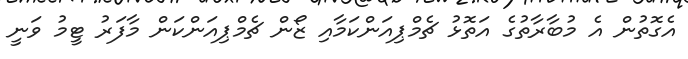
އެގޮތުން އެ މުބާރާތުގެ އަތޮޅު ޗެމްޕިއަންކަމާއި ޒޯން ޗެމްޕިއަންކަން މާފަރު ޓީމު ވަނީ